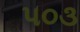
૫૦૩